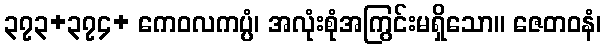
၃၇၃+၃၇၄+ ကေဝလကပ္ပံ၊ အလုံးစုံအကြွင်းမရှိသော။ ဇေတဝနံ၊